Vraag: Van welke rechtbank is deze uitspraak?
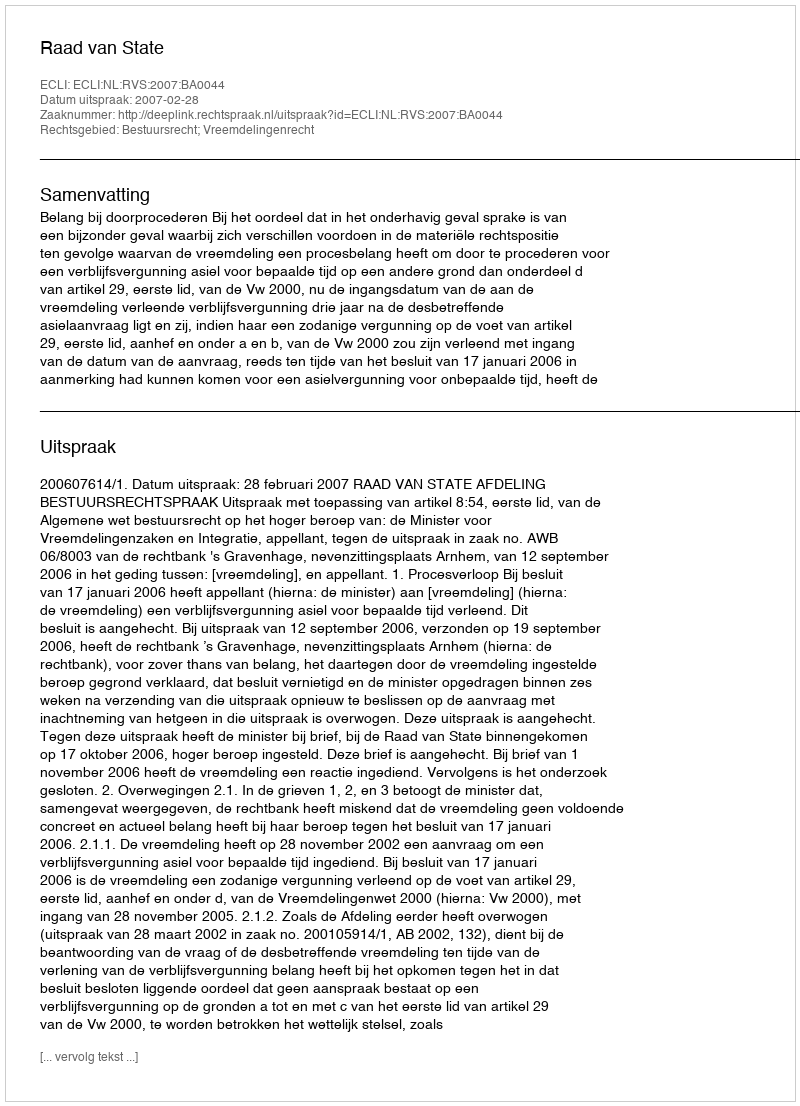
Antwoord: Raad van State